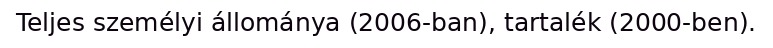
Teljes személyi állománya (2006-ban), tartalék (2000-ben).